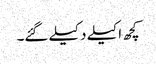
کچھ اکیلے دکیلے گئے۔